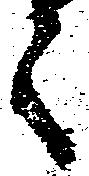
々